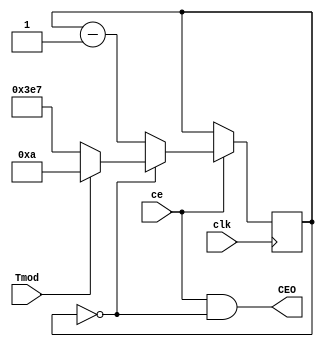
`timescale 1ns / 1ps
//////////////////////////////////////////////////////////////////////////////////
// Company: 
// Engineer: 
// 
// Design Name: 
// Module Name:    Gen_Nms_1s 
// Project Name: 
// Target Devices: 
// Tool versions: 
// Description: 
//
// Dependencies: 
//
// Revision: 
// Revision 0.01 - File Created
// Additional Comments: 
//
//////////////////////////////////////////////////////////////////////////////////

`define N 11 //  N   3
module Gen_Nms_1s (input clk, output wire CEO,
input ce, //ce1ms
input Tmod );
parameter F1kHz =1000 ; // 1 
parameter F1Hz =1 ; // 1 
reg[9:0]cb_Nms = 0 ; // N 

wire[9:0]Nms = Tmod? `N-1 : ((F1kHz/F1Hz)-1) ; //   
assign CEO = ce & (cb_Nms==0) ; //1   Nms
always @(posedge clk) if (ce) begin
cb_Nms <= (cb_Nms==0)? Nms : cb_Nms-1 ; // N 
end
endmodule